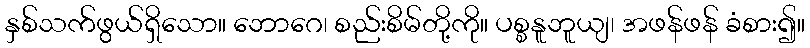
နှစ်သက်ဖွယ်ရှိသော။ ဘောဂေ၊ စည်းစိမ်တို့ကို။ ပစ္စနူဘူယျ၊ အဖန်ဖန် ခံစား၍။